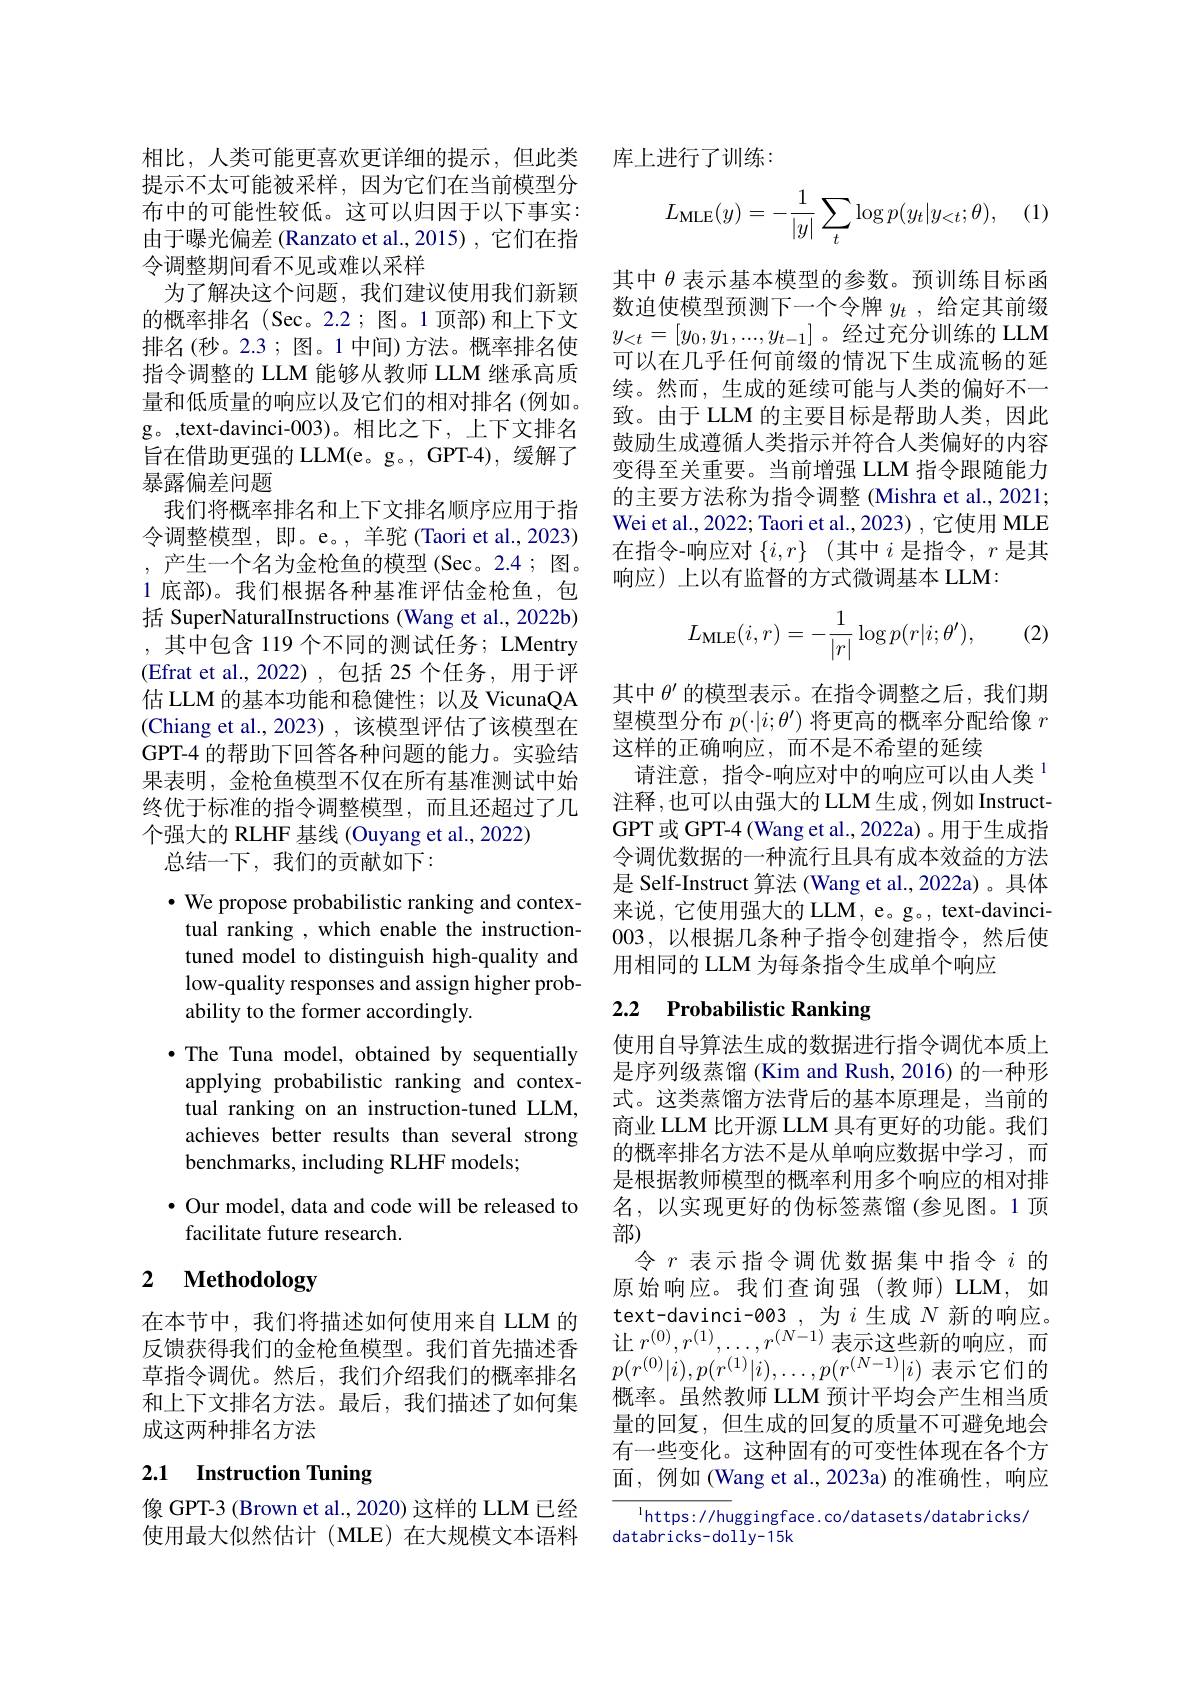
提示不太可能被采样，因为它们在当前模型分布中的可能性较低。这可以归因于以下事实： 由于曝光偏差 (Ranzato et al.,2015) ,它们在指令调整期间看不见或难以采样
为了解决这个问题，我们建议使用我们新颖的概率排名 (Sec。2.2; 图。1 顶部)和上下文排名(秒。2.3;图。1中间)方法。概率排名使指令调整的 LLM 能够从教师 LLM 继承高质量和低质量的响应以及它们的相对排名(例如。g。,text-davinci-003)。相比之下，上下文排名旨在借助更强的 LLM(e。g。, GPT-4), 缓解了暴露偏差问题
我们将概率排名和上下文排名顺序应用于指令调整模型，即。e。, 羊驼 (Taori et al., 2023) ,产生一个名为金枪鱼的模型(Sec。2.4;图。1 底部)。我们根据各种基准评估金枪鱼，包括 SuperNaturalInstructions (Wang et al., 2022b) ,其中包含 119 个不同的测试任务；LMentry (Efrat et al.,2022),包括 25 个任务，用于评估 LLM 的基本功能和稳健性；以及 VicunaQA (Chiang et al., 2023) , 该模型评估了该模型在GPT-4 的帮助下回答各种问题的能力。实验结果表明，金枪鱼模型不仅在所有基准测试中始终优于标准的指令调整模型，而且还超过了几个强大的 RLHF 基线 (Ouyang et al., 2022)
总结一下，我们的贡献如下：

$\cdot$ We propose probabilistic ranking and contextual ranking , which enable the instructiontuned model to distinguish high-quality and low-quality responses and assign higher probability to the former accordingly.
$\bullet$ The Tuna model, obtained by sequentially applying probabilistic ranking and contextual ranking on an instruction-tuned LLM, achieves better results than several strong benchmarks, including RLHF models;
· Our model, data and code will be released to

facilitate future research.

# 2 $\textbf{Methodology}$

在本节中，我们将描述如何使用来自LLM 的反馈获得我们的金枪鱼模型。我们首先描述香草指令调优。然后，我们介绍我们的概率排名和上下文排名方法。最后，我们描述了如何集成这两种排名方法

# 2.1 Instruction Tuning

像 GPT-3 (Brown et al., 2020) 这样的 LLM 已经使用最大似然估计(MLE)在大规模文本语料

相比，人类可能更喜欢更详细的提示，但此类 库上进行了训练

(1)
$$L_{\text{MLE}}(y)=-\frac{1}{|y|}\sum_{t}\log p(y_{t}|y_{<t};\theta),$$
其中$\theta$表示基本模型的参数。预训练目标函数迫使模型预测下一个令牌$y_t$ ,给定其前缀$y_{<t}=[y_0,y_1,...,y_{t-1}]$。经过充分训练的 LLM 可以在几乎任何前缀的情况下生成流畅的延续。然而，生成的延续可能与人类的偏好不一致。由于 LLM 的主要目标是帮助人类，因此鼓励生成遵循人类指示并符合人类偏好的内容变得至关重要。当前增强 LLM 指令跟随能力的主要方法称为指令调整 (Mishra et al., 2021; Wei et al., 2022; Taori et al., 2023) , 它使用 MLE 在指令-响应对$\{i,r\}$ (其中$i$是指令，$r$是其响应) 上以有监督的方式微调基本 LLM:
$$L_{\text{MLE}}(i,r)=-\frac{1}{|r|}\log p(r|i;\theta'),$$
(2)

其中$\theta^{\prime}$的模型表示。在指令调整之后，我们期望模型分布$p(\cdot|i;\theta^{\prime})$将更高的概率分配给像$r$ 这样的正确响应，而不是不希望的延续
请注意，指令-响应对中的响应可以由人类$^{1}$ 注释，也可以由强大的LLM生成，例如 InstructGPT 或 GPT-4 (Wang et al., 2022a) 。用于生成指令调优数据的一种流行且具有成本效益的方法是 Self-Instruct 算法 (Wang et al.,2022a) 。具体来说，它使用强大的 LLM, e。g。, text-davinci- 003,以根据几条种子指令创建指令，然后使用相同的 LLM 为每条指令生成单个响应

# 2.2 Probabilistic Ranking

使用自导算法生成的数据进行指令调优本质上是序列级蒸馏 (Kim and Rush, 2016) 的一种形式。这类蒸馏方法背后的基本原理是，当前的商业 LLM 比开源 LLM 具有更好的功能。我们的概率排名方法不是从单响应数据中学习，而是根据教师模型的概率利用多个响应的相对排名，以实现更好的伪标签蒸馏(参见图。1 顶部)
令$r$表示指令调优数据集中指令$i$的原始响应。我们查询强(教师)LLM,如text-davinci-003,为$i$生成$N$新的响应。让 $r^{(0)},r^{(1)},\ldots,r^{(N-1)}$表示这些新的响应，而$\overline{p(r^{(0)}|i)},p(r^{(1)}|i),\ldots,p(r^{(N-1)}|i)$表示它们的概率。虽然教师 LLM 预计平均会产生相当质量的回复，但生成的回复的质量不可避免地会有一些变化。这种固有的可变性体现在各个方面，例如 (Wang et al., 2023a) 的准确性，响应

$^{1}$https://huggingface.co/datasets/databricks/
databricks-dolly-15k